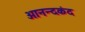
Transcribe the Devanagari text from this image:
आनन्‍दकंद